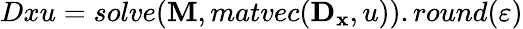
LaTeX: Dxu=solve(\mathbf{M},matvec(\mathbf{D_{x}},u)).round(\varepsilon)